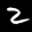
Label: 2